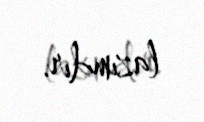
lazımdır.